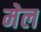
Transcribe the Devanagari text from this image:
मेल